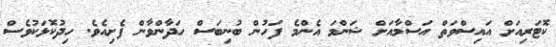
ކޮޓަރިއަށް އައިސްވަތް އަސްމާއަށް ޝަންމަ އެންމެ ފަހުން ބުނިބަސް ހަދާންވާން ފެށިއެވެ. ހިދުކޮޅަކުވެސް